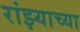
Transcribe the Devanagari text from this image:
रांझ्याच्या